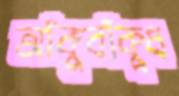
আঁকুবাঁকুধ